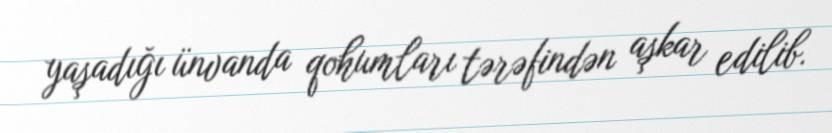
yaşadığı ünvanda qohumları tərəfindən aşkar edilib.